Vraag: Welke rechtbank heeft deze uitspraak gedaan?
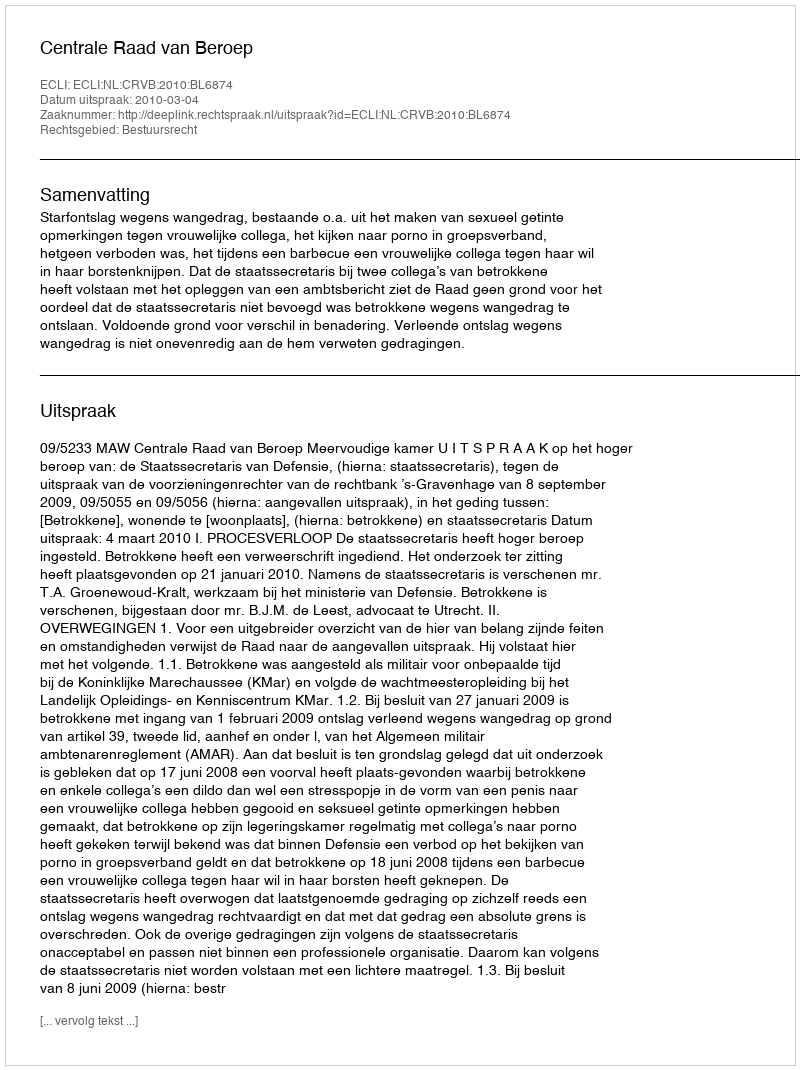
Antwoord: Centrale Raad van Beroep